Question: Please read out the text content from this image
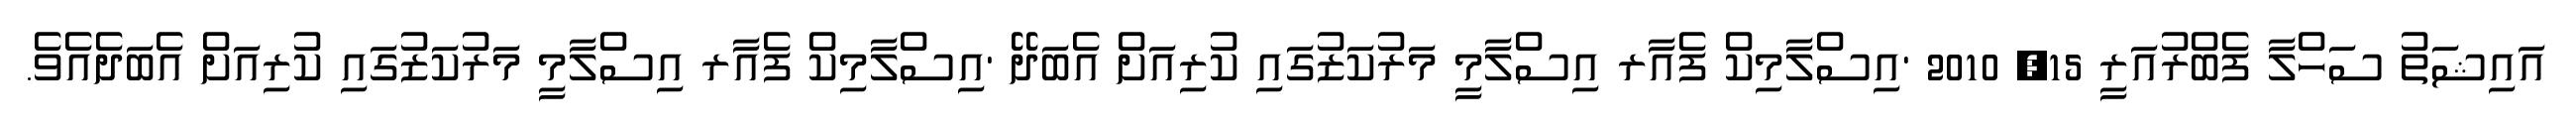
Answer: އައިޝަތު ސަހްލާ ފެބްރުއަރީ 15, 2010 'އިސްލާމިކް ފެއާރ އިސްލާމީ މަރުކަޒުގައި ކުރިއަށް އެބަދޭ 'އިސްލާމިކް ފެއާރ އިސްލާމީ މަރުކަޒުގައި ކުރިއަށް އެބަދެއެވެ.